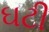
ઘટી